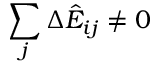
\sum _ { j } \Delta \hat { E } _ { i j } \not = 0